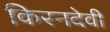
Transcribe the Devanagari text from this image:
किरनदेवी